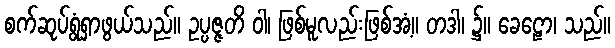
စက်ဆုပ်ရွံရှာဖွယ်သည်။ ဥပ္ပဇ္ဇတိ ဝါ၊ ဖြစ်မူလည်းဖြစ်အံ့။ တဒါ၊ ၌။ ခေဠော၊ သည်။